Annual administration report of the Civil Veterinary Department of India - 1908-1909
Year: 1908
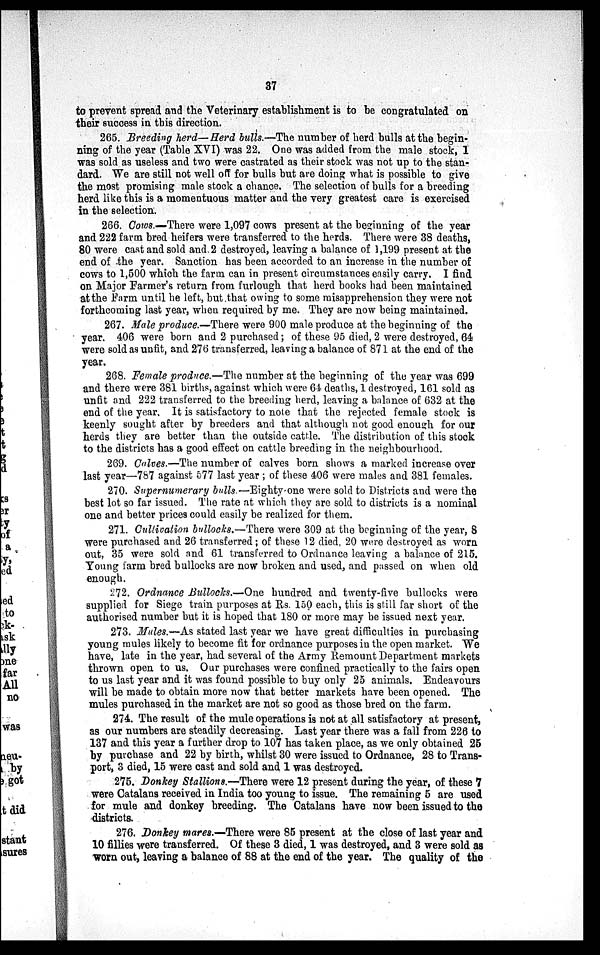
37
to prevent spread and the Veterinary establishment is to be congratulated on
their success in this direction.
265. Breeding herd—Herd bulls.—The number of herd bulls at the begin-
ning of the year (Table XVI) was 22. One was added from the male stock, 1
was sold as useless and two were castrated as their stock was not up to the stan-
dard. We are still not well off for bulls but are doing what is possible to give
the most promising male stock a chance. The selection of bulls for a breeding
herd like this is a momentuous matter and the very greatest care is exercised
in the selection.
266. Cows.—There were 1,097 cows present at the beginning of the year
and 222 farm bred heifers were transferred to the herds. There were 38 deaths,
80 were cast and sold and 2 destroyed, leaving a balance of 1,199 present at the
end of the year. Sanction has been accorded to an increase in the number of
cows to 1,500 which the farm can in present circumstances easily carry. I find
on Major Farmer's return from furlough that herd books had been maintained
at the Farm until he left, but that owing to some misapprehension they were not
forthcoming last year, when required by me. They are now being maintained.
267. Male produce.—There were 900 male produce at the beginning of the
year. 406 were born and 2 purchased; of these 95 died, 2 were destroyed, 64
were sold as unfit, and 276 transferred, leaving a balance of 871. at the end of the
year.
268. Female produce.—The number at the beginning of the year was 699
and there were 381 births, against which were 64 deaths, 1 destroyed, 161 sold as
unfit and 222 transferred to the breeding herd, leaving a balance of 632 at the
end of the year. It is satisfactory to note that the rejected female stock is
keenly sought after by breeders and that although not good enough for our
herds they are better than the outside cattle. The distribution of this stock
to the districts has a good effect on cattle breeding in the neighbourhood.
269. Calves.—The number of calves born shows a marked increase over
last year—787 against 577 last year; of these 406 were males and 381 females.
270. Supernumerary bulls.—Eighty one were sold to Districts and were the
best lot so far issued. The rate at which they are sold to districts is a nominal
one and better prices could easily be realized for them.
271. Cultivation bullocks.—There were 309 at the beginning of the year, 8
were purchased and 26 transferred; of these 12 died, 20 were destroyed as worn
out, 35 were sold and 61 transferred to Ordnance leaving a balance of 215.
Young farm bred bullocks are now broken and used, and passed on when old
enough.
272. Ordnance Bullocks.—One hundred and twenty-five bullocks were
supplied for Siege train purposes at Rs. 150 each, this is still far short of the
authorised number but it is hoped that 180 or more may be issued next year.
273. Mules.—As stated last year we have great difficulties in purchasing
young mules likely to become fit for ordnance purposes in the open market. We
have, late in the year, had several of the Army Remount Department markets
thrown open to us. Our purchases were confined practically to the fairs open
to us last year and it was found possible to buy only 25 animals. Endeavours
will be made to obtain more now that better markets have been opened. The
mules purchased in the market are not so good as those bred on the farm.
274. The result of the mule operations is not at all satisfactory at present,
as our numbers are steadily decreasing. Last year there was a fall from 226 to
137 and this year a further drop to 107 has taken place, as we only obtained 25
by purchase and 22 by birth, whilst 30 were issued to Ordnance, 28 to Trans-
port, 3 died, 15 were cast and sold and 1 was destroyed.
275. Donkey Stallions.—There were 12 present during the year, of these 7
were Catalans received in India too young to issue. The remaining 5 are used
for mule and donkey breeding. The Catalans have now been issued to the
districts.
276. Donkey mares.—There were 85 present at the close of last year and
10 fillies were transferred. Of these 3 died, 1 was destroyed, and 3 were sold as
worn out, leaving a balance of 88 at the end of the year. The quality of the